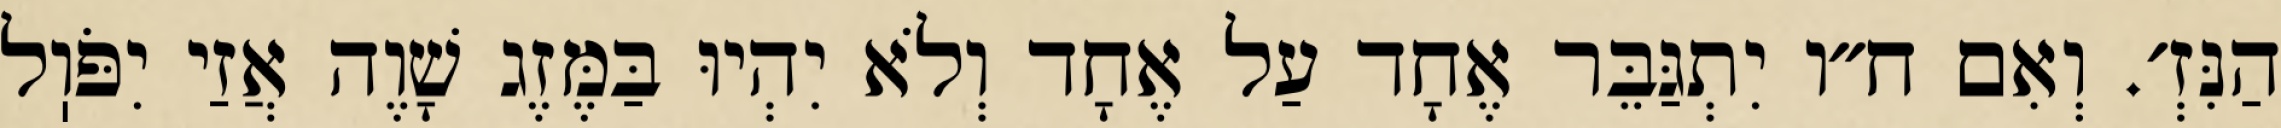
הַנִּזְ׳. וְאִם ח״ו יִתְגַּבֵּר אֶחָד עַל אֶחָד וְלֹא יִהְיוּ בַּמֶּזֶג שָׁוֶה אֲזַי יִפֹּוֽל